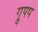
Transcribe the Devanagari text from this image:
ग्रुपप